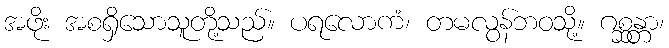
အဖိုး အစရှိသောသူတို့သည်။ ပရလောကံ၊ တမလွန်ဘဝသို့။ ဂစ္ဆန္တာ၊